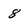
Character: 8